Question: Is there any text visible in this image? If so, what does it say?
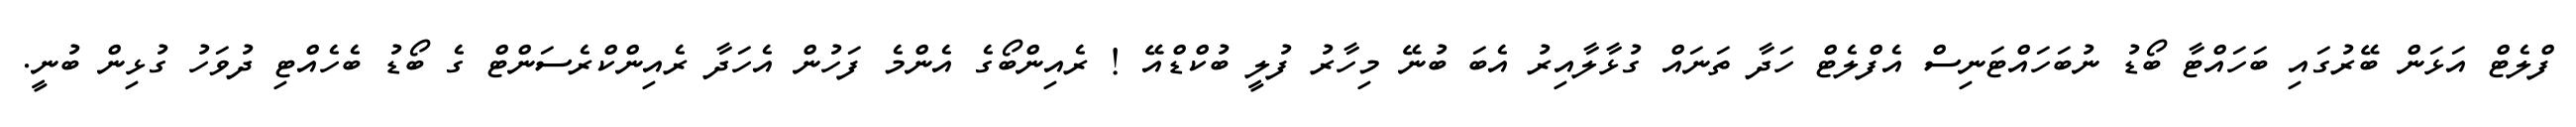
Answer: ފްލެޓް އަޅަން ބޭރުގައި ބަހައްޓާ ބޯޑު ނުބަހައްޓަނިސް އެފްލެޓް ހަދާ ތަނައް ގުޅާލާއިރު އެބަ ބުނޭ މިހާރު ފުލީ ބުކްޑްއޭ ! ރެއިންބޯގެ އެންމެ ފަހުން އެހަދާ ރެއިންކްރެސަންޓް ގެ ބޯޑު ބެހެއްޓި ދުވަހު ގުޅިން ބުނީ.